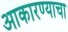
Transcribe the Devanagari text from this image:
आकारण्याचा